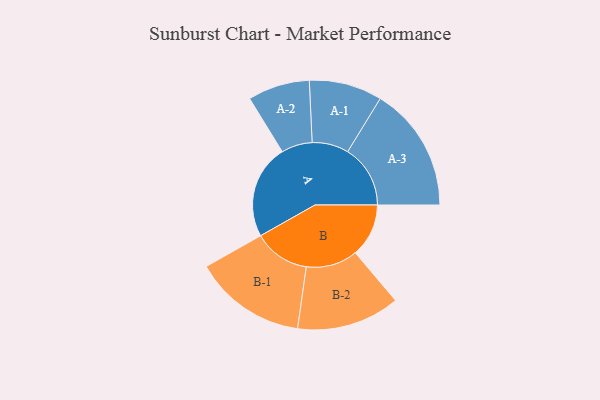
{"axis": {"x": "Segment", "y": "Value"}, "legend": ["", "A", "B"], "data": [{"x": "A", "y": 425, "type": ""}, {"x": "B", "y": 241, "type": ""}, {"x": "A-1", "y": 165, "type": "A"}, {"x": "A-2", "y": 140, "type": "A"}, {"x": "A-3", "y": 283, "type": "A"}, {"x": "B-1", "y": 254, "type": "B"}, {"x": "B-2", "y": 233, "type": "B"}]}